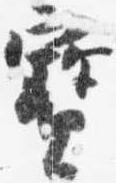
宝